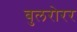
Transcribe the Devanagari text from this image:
बुलरोरर